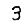
Digit: 3